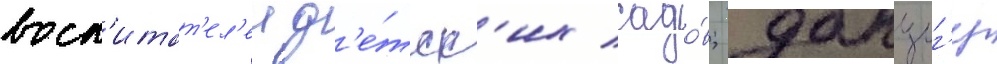
восп'итат'ел'еи д'е́тск'их садо́в; данциг'ер